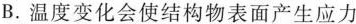
B.温度变化会使结构物表面产生应力